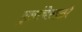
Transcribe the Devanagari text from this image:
मुलांचेसाठी